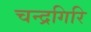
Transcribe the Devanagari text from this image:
चन्द्रगिरि